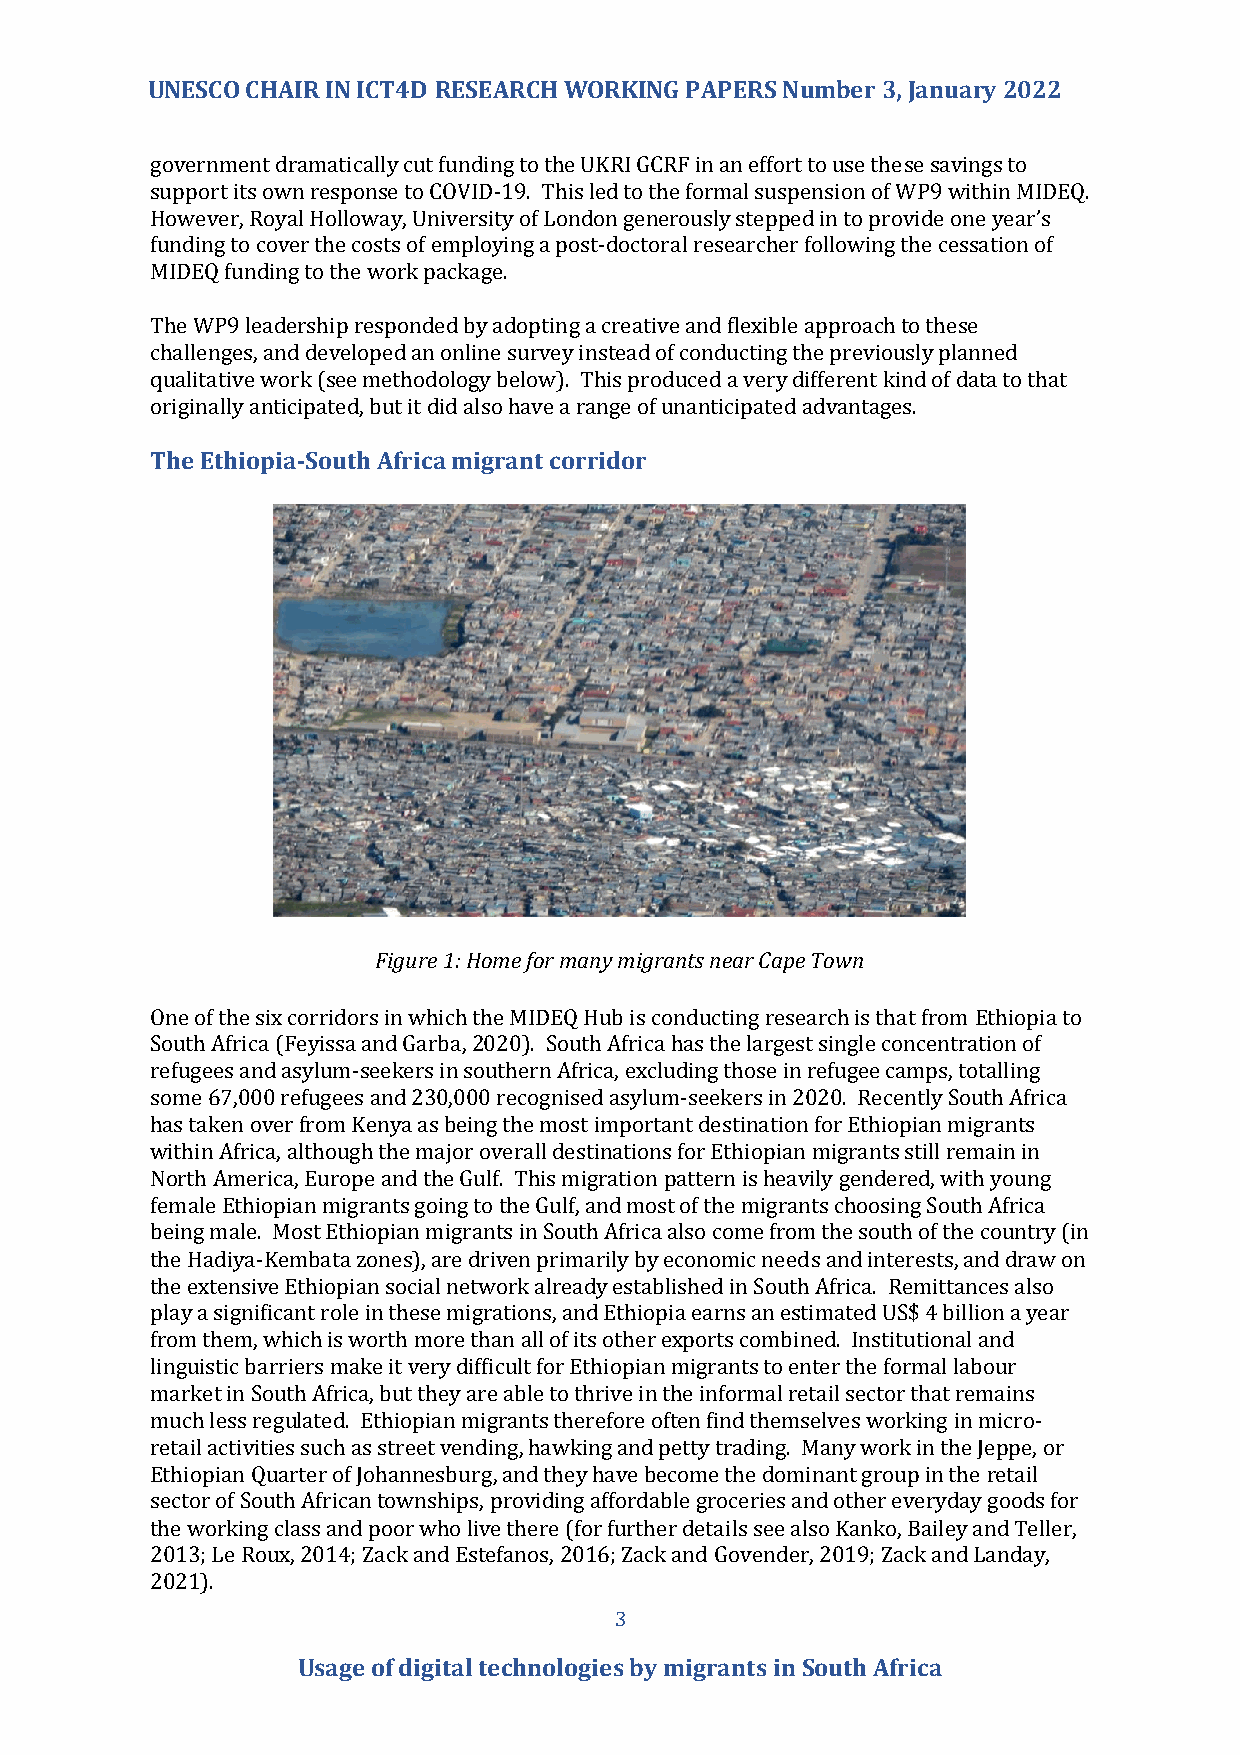
UNESCO CHAIR IN ICT4D RESEARCH WORKING PAPERS Number 3, January 2022
 government dramatically cut funding to the UKRI GCRF in an effort to use these savings to
 support its own response to COVID-19. This led to the formal suspension of WP9 within MIDEQ.
 However, Royal Holloway, University of London generously stepped in to provide one year’s
 funding to cover the costs of employing a post-doctoral researcher following the cessation of
 MIDEQ funding to the work package.
 The WP9 leadership responded by adopting a creative and flexible approach to these
 challenges, and developed an online survey instead of conducting the previously planned
 qualitative work (see methodology below). This produced a very different kind of data to that
 originally anticipated, but it did also have a range of unanticipated advantages.
 The Ethiopia-South Africa migrant corridor
 Figure 1: Home for many migrants near Cape Town
 One of the six corridors in which the MIDEQ Hub is conducting research is that from Ethiopia to
 South Africa (Feyissa and Garba, 2020). South Africa has the largest single concentration of
 refugees and asylum-seekers in southern Africa, excluding those in refugee camps, totalling
 some 67,000 refugees and 230,000 recognised asylum-seekers in 2020. Recently South Africa
 has taken over from Kenya as being the most important destination for Ethiopian migrants
 within Africa, although the major overall destinations for Ethiopian migrants still remain in
 North America, Europe and the Gulf. This migration pattern is heavily gendered, with young
 female Ethiopian migrants going to the Gulf, and most of the migrants choosing South Africa
 being male. Most Ethiopian migrants in South Africa also come from the south of the country (in
 the Hadiya-Kembata zones), are driven primarily by economic needs and interests, and draw on
 the extensive Ethiopian social network already established in South Africa. Remittances also
 play a significant role in these migrations, and Ethiopia earns an estimated US$ 4 billion a year
 from them, which is worth more than all of its other exports combined. Institutional and
 linguistic barriers make it very difficult for Ethiopian migrants to enter the formal labour
 market in South Africa, but they are able to thrive in the informal retail sector that remains
 much less regulated. Ethiopian migrants therefore often find themselves working in micro-
 retail activities such as street vending, hawking and petty trading. Many work in the Jeppe, or
 Ethiopian Quarter of Johannesburg, and they have become the dominant group in the retail
 sector of South African townships, providing affordable groceries and other everyday goods for
 the working class and poor who live there (for further details see also Kanko, Bailey and Teller,
 2013; Le Roux, 2014; Zack and Estefanos, 2016; Zack and Govender, 2019; Zack and Landay,
 2021).
 3
 Usage of digital technologies by migrants in South Africa